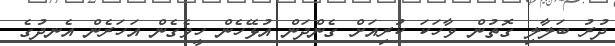
ދުރު ބަލާލި ގޮތުން ވާހަކަ ކުރިއަށް ގެންދަން އުޅޭހެން ހީވެގެން އަހަރެން އެނދުގެ